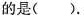
是( ).